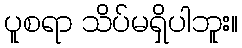
ပူစရာ သိပ်မရှိပါဘူး။